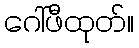
ဂေါ်ဖီထုတ်။